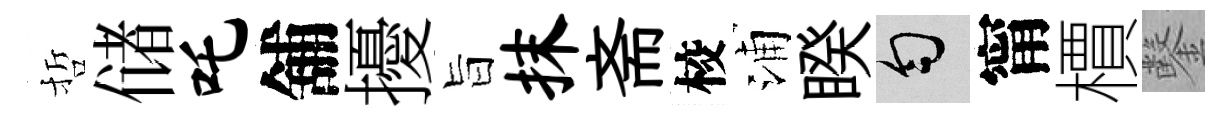
哲储吒舖擾旨抹斋校浦睽匀甯檟鑿